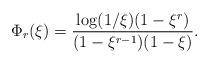
LaTeX: \begin{align*} \Phi_r(\xi) = \frac{ \log(1/\xi) (1-\xi^r)}{(1-\xi^{r-1})(1-\xi)}.\end{align*}